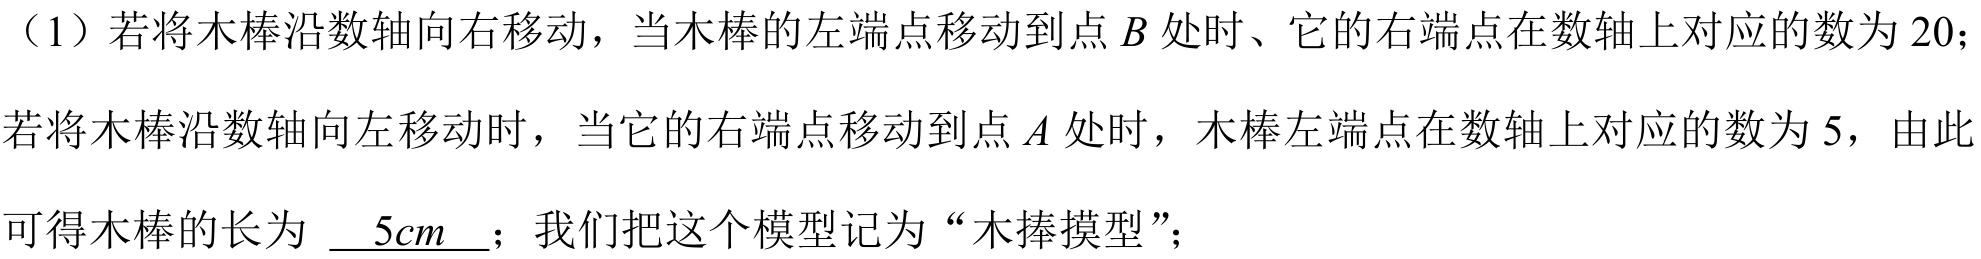
（1）若将木棒沿数轴向右移动，当木棒的左端点移动到点 \(B\) 处时、它的右端点在数轴上对应的数为 \(20\)；若将木棒沿数轴向左移动时，当它的右端点移动到点 \(A\) 处时，木棒左端点在数轴上对应的数为 \(5\)，由此可得木棒的长为 \(\underline{5cm}\)；我们把这个模型记为“木捧摸型”；